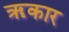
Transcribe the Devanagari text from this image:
ॠकार